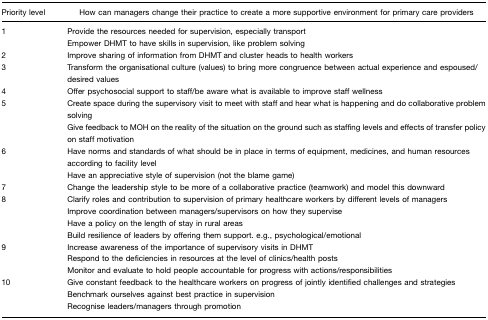
| Priority level | How can managers change their practice to create a more supportive environment for primary care providers |
 | --- | --- |
 | 1 | Provide the resources needed for supervision, especially transportEmpower DHMT to have skills in supervision, like problem solving |
 | 2 | Improve sharing of information from DHMT and cluster heads to health workers |
 | 3 | Transform the organisational culture (values) to bring more congruence between actual experience and espoused/desired values |
 | 4 | Offer psychosocial support to staff/be aware what is available to improve staff wellness |
 | 5 | Create space during the supervisory visit to meet with staff and hear what is happening and do collaborative problem solvingGive feedback to MOH on the reality of the situation on the ground such as staffing levels and effects of transfer policy on staff motivation |
 | 6 | Have norms and standards of what should be in place in terms of equipment, medicines, and human resources according to facility levelHave an appreciative style of supervision (not the blame game) |
 | 7 | Change the leadership style to be more of a collaborative practice (teamwork) and model this downward |
 | 8 | Clarify roles and contribution to supervision of primary healthcare workers by different levels of managersImprove coordination between managers/supervisors on how they superviseHave a policy on the length of stay in rural areasBuild resilience of leaders by offering them support. e.g., psychological/emotional |
 | 9 | Increase awareness of the importance of supervisory visits in DHMTRespond to the deficiencies in resources at the level of clinics/health postsMonitor and evaluate to hold people accountable for progress with actions/responsibilities |
 | 10 | Give constant feedback to the healthcare workers on progress of jointly identified challenges and strategiesBenchmark ourselves against best practice in supervisionRecognise leaders/managers through promotion |